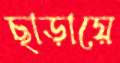
ছাড়ায়ে